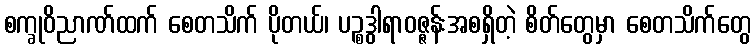
စက္ခုဝိညာဏ်ထက် စေတသိက် ပိုတယ်၊ ပဉ္စဒွါရာဝဇ္ဇန်းအစရှိတဲ့ စိတ်တွေမှာ စေတသိက်တွေ